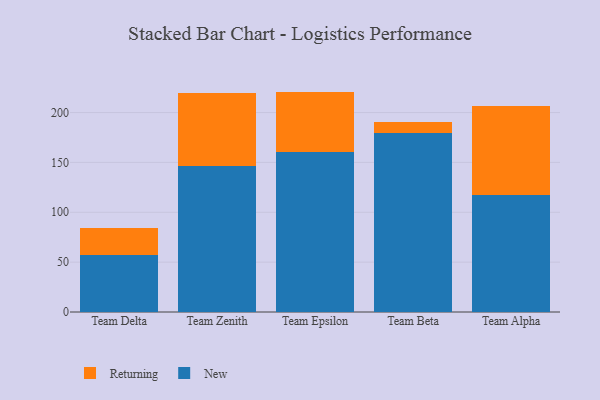
{"axis": {"x": "Team", "y": "Shipments"}, "legend": ["New", "Returning"], "data": [{"x": "Team Delta", "y": 56.7, "type": "New"}, {"x": "Team Delta", "y": 27.2, "type": "Returning"}, {"x": "Team Zenith", "y": 146.9, "type": "New"}, {"x": "Team Zenith", "y": 72.9, "type": "Returning"}, {"x": "Team Epsilon", "y": 160.8, "type": "New"}, {"x": "Team Epsilon", "y": 60.2, "type": "Returning"}, {"x": "Team Beta", "y": 179.1, "type": "New"}, {"x": "Team Beta", "y": 11.7, "type": "Returning"}, {"x": "Team Alpha", "y": 117.5, "type": "New"}, {"x": "Team Alpha", "y": 88.9, "type": "Returning"}]}